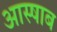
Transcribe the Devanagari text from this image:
आस्षाब